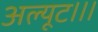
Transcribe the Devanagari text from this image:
अल्यूट।।।